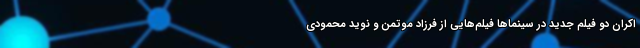
اکران دو فیلم جدید در سینماها فیلم‌هایی از فرزاد موتمن و نوید محمودی